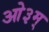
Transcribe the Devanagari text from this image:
आे३म्